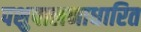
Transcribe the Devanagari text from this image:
पशुपालनाधारित